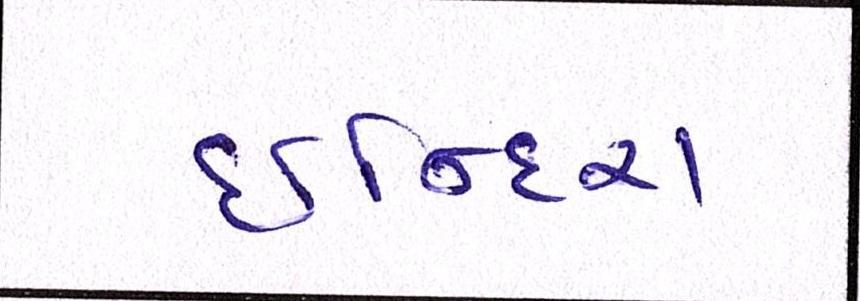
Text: ઈન્દિરા